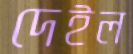
দেইল